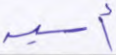
أسية